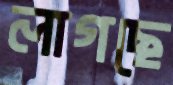
লাগছে